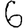
Digit: 6